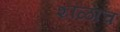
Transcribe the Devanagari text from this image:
शाळाच